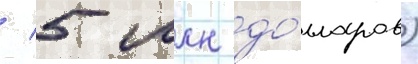
/ 5 млн до́лларов)